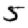
Digit: 5